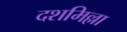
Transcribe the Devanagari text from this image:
दशमिल्ला